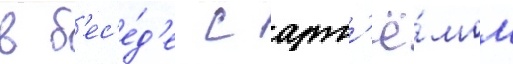
в б'ес'е́д'е с арт'ё́мом